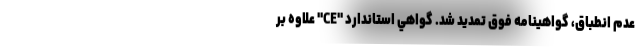
عدم انطباق، گواهينامه فوق تمدید شد. گواهي استاندارد "CE" علاوه بر